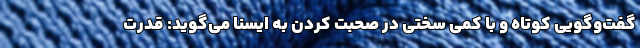
گفت‌وگویی کوتاه و با کمی سختی در صحبت کردن به ایسنا می‌گوید: قدرت